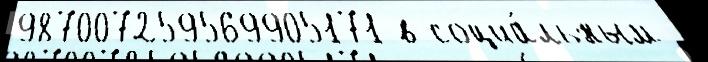
987007259569905171 в социа́льным